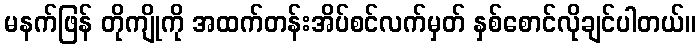
မနက်ဖြန် တိုကျိုကို အထက်တန်းအိပ်စင်လက်မှတ် နှစ်စောင်လိုချင်ပါတယ်။